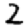
Digit: 2